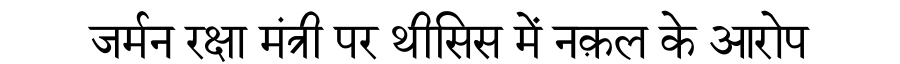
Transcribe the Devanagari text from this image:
जर्मन रक्षा मंत्री पर थीसिस में नक़ल के आरोप